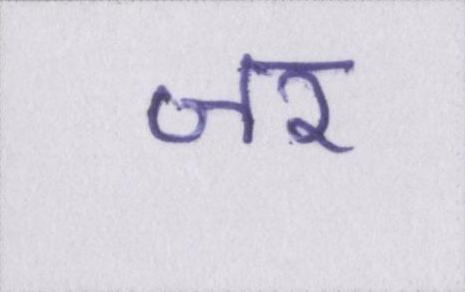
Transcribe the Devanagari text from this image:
जर